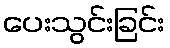
ပေးသွင်းခြင်း